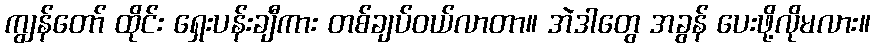
ကျွန်တော် ထိုင်း ရှေးပန်းချီကား တစ်ချပ်ဝယ်လာတာ။ အဲဒါတွေ အခွန် ပေးဖို့လိုမလား။